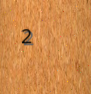
2